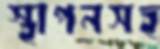
স্থাপনসহ